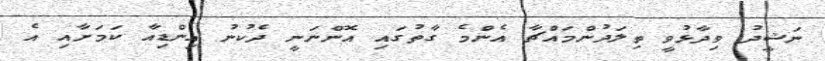
ނަޝީދު ވިދާޅުވީ ތިލަދުންމައްޗާ އެންމެ ގާތުގައި އޮންނަނީ ދެކުނު އިންޑިއާ ކަމަށާއި އެ